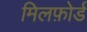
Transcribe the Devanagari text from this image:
मिलफ़ोर्ड